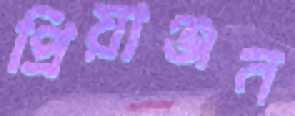
প্রিয়াঞ্জন